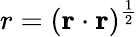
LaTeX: r=({\mathbf r}\cdot{\mathbf r})^{\frac{1}{2}}